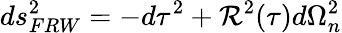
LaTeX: ds_{FRW}^{2}=-d\tau^{2}+{\cal R}^{2}(\tau)d\Omega_{n}^{2}